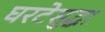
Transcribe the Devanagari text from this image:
घरटेसुद्धा